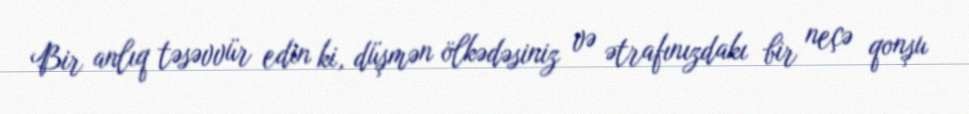
Bir anlıq təsəvvür edin ki, düşmən ölkədəsiniz və ətrafınızdakı bir neçə qonşu